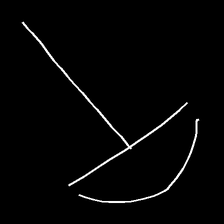
Glyph: dispersion